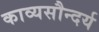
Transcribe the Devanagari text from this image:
काव्यसौन्दर्य